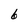
Character: 6